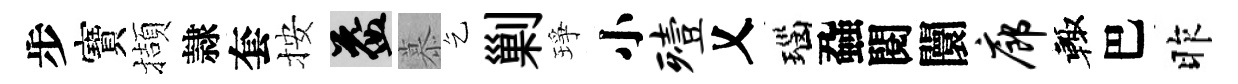
步寶擷隷套按益慕乞剿琤小殪乂瑙蝨閱闤廊輙巴昨